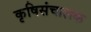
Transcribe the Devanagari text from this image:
कृषिसंचालक